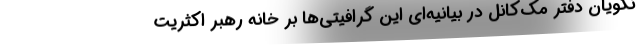
نگویان دفتر مک‌کانل در بیانیه‌ای این گرافیتی‌ها بر خانه رهبر اکثریت